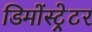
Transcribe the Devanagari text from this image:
डिमोंस्ट्रेटर